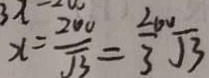
x = \frac { 2 0 0 } { \sqrt { 3 } } = \frac { 2 0 0 } { 3 } \sqrt { 3 }